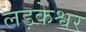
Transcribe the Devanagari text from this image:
लड़केश्वर